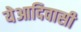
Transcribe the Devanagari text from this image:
येआदिवासी